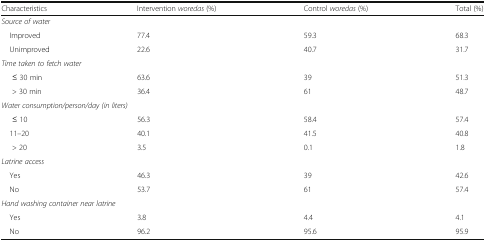
| Characteristics | Intervention woredas (%) | Control woredas (%) | Total (%) |
 | --- | --- | --- | --- |
 | <COLSPAN=4> Source of water |
 | Improved | 77.4 | 59.3 | 68.3 |
 | Unimproved | 22.6 | 40.7 | 31.7 |
 | <COLSPAN=4> Time taken to fetch water |
 | ≤ 30 min | 63.6 | 39 | 51.3 |
 | > 30 min | 36.4 | 61 | 48.7 |
 | <COLSPAN=4> Water consumption/person/day (in liters) |
 | ≤ 10 | 56.3 | 58.4 | 57.4 |
 | 11–20 | 40.1 | 41.5 | 40.8 |
 | > 20 | 3.5 | 0.1 | 1.8 |
 | <COLSPAN=4> Latrine access |
 | Yes | 46.3 | 39 | 42.6 |
 | No | 53.7 | 61 | 57.4 |
 | <COLSPAN=4> Hand washing container near latrine |
 | Yes | 3.8 | 4.4 | 4.1 |
 | No | 96.2 | 95.6 | 95.9 |